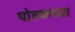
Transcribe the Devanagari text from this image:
पोल्कच्या